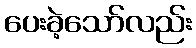
ပေးခဲ့သော်လည်း